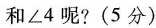
和∠4呢? (5分)